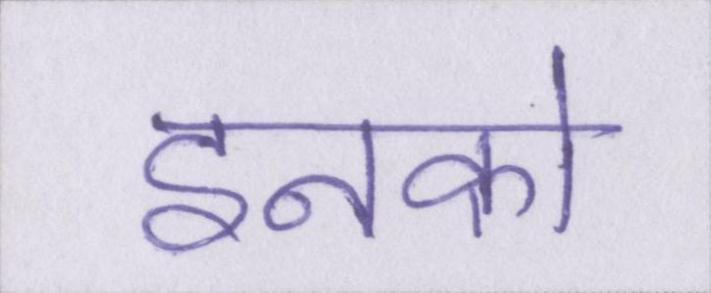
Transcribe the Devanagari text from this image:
इनको